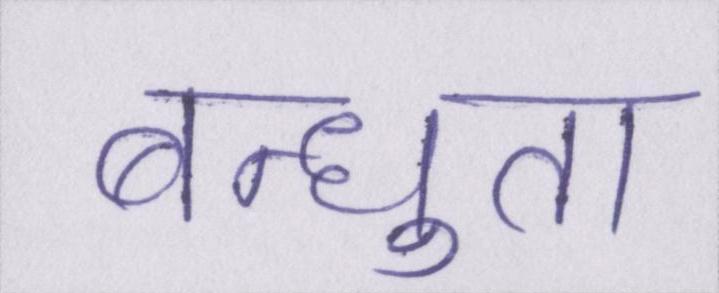
बन्धुता